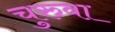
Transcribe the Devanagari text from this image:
चुरुवा